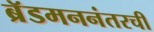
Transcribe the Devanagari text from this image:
ब्रॅडमननंतरची